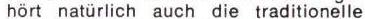
hört natürlich auch die traditionelle